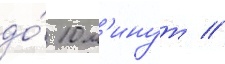
до́ 10 м'инут //